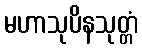
မဟာသုပိနသုတ္တံ